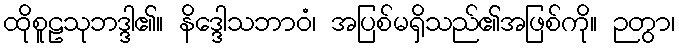
ထိုစူဠသုဘဒ္ဒါ၏။ နိဒ္ဒေါသဘာဝံ၊ အပြစ်မရှိသည်၏အဖြစ်ကို။ ဉတွာ၊